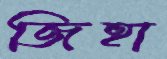
জিহা